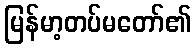
မြန်မာ့တပ်မတော်၏